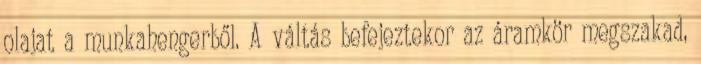
olajat a munkahengerből. A váltás befejeztekor az áramkör megszakad,